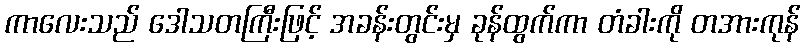
ကာလေးသည် ဒေါသတကြီးဖြင့် အခန်းတွင်းမှ ခုန်ထွက်ကာ တံခါးကို တအားကုန်